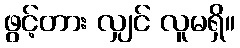
ဖွင့်တား လျှင် လူမရှိ။